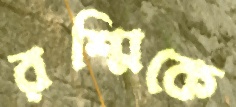
রশ্মিকে